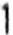
1